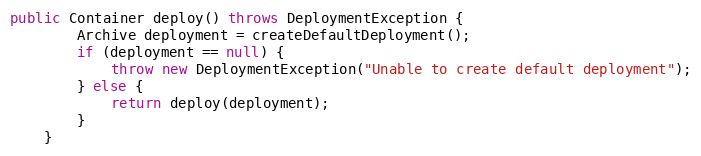
Language: Java
public Container deploy() throws DeploymentException {
        Archive deployment = createDefaultDeployment();
        if (deployment == null) {
            throw new DeploymentException("Unable to create default deployment");
        } else {
            return deploy(deployment);
        }
    }